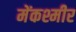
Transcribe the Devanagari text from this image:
मेंकश्मीर